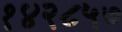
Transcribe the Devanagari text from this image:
१४२८५७